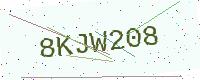
Text: 8KJW208